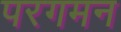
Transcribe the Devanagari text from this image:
परगमन